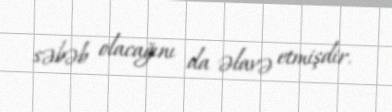
səbəb olacağını da əlavə etmişdir.